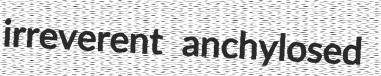
irreverent anchylosed